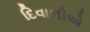
દિવાળીએ